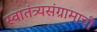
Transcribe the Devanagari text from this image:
स्वातंत्र्यसंग्रामाची